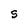
Character: S